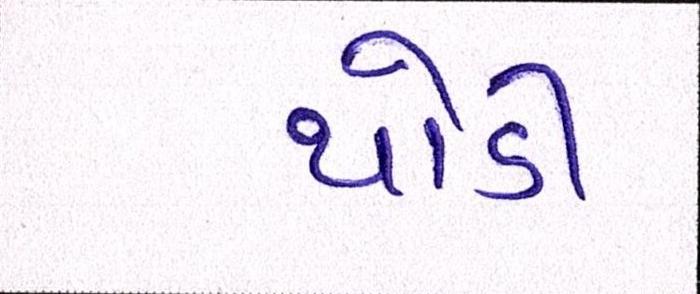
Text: થોડી